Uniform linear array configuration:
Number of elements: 4
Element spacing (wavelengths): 0.75
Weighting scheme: binomial
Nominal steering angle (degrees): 0
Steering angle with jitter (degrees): -1.882
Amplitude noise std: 0.05
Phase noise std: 0.05

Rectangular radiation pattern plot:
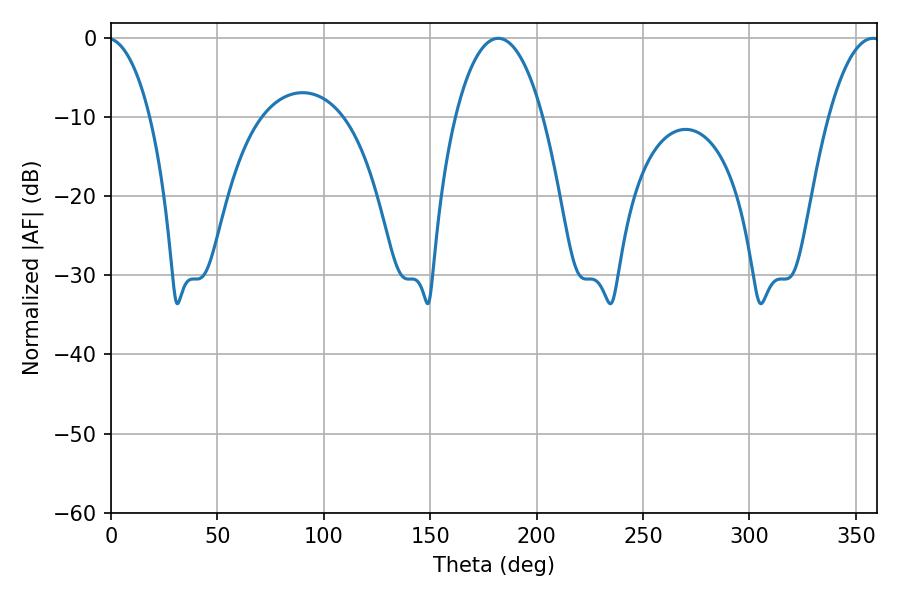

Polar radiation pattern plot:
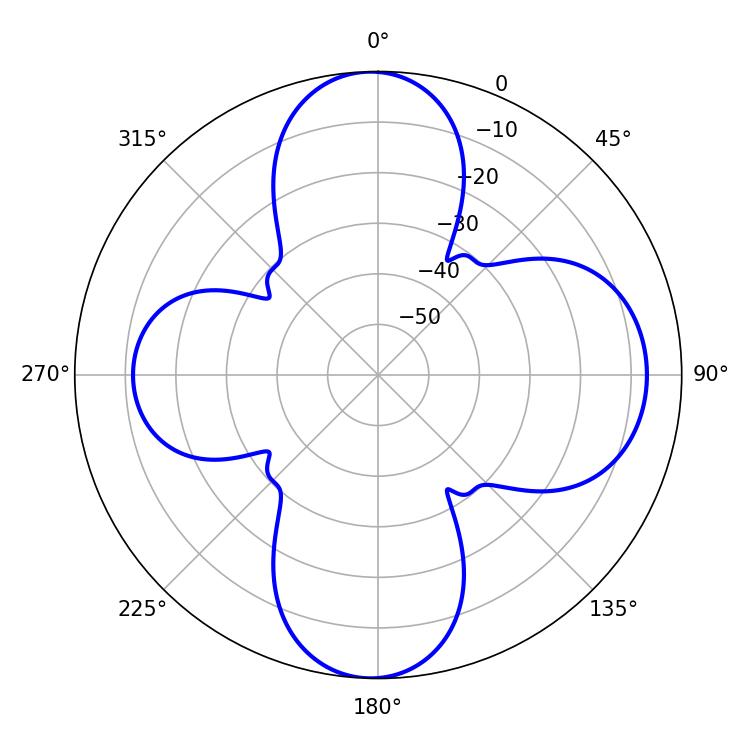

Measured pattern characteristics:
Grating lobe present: TRUE
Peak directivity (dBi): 14.956
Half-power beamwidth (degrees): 22.86
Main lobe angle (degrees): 181.98